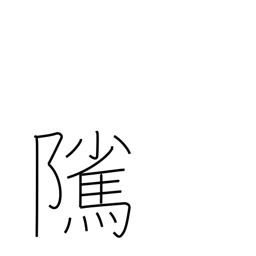
Meaning: stallion